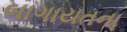
બાગાયતના